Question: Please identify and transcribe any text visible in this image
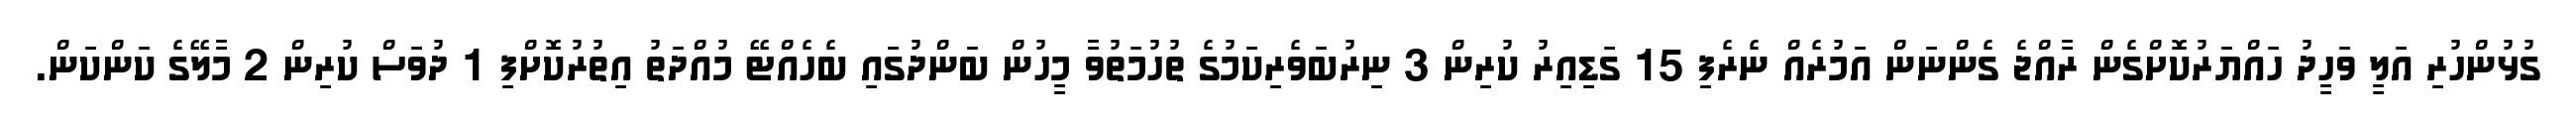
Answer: ގުޅުންހުރި އަލީ ވަހީދު ހައްޔަރުކޮށްގެން ރާއްޖެ ގެންނަން އަމުރެއް ނެރެފި 15 ގަޑިއިރު ކުރިން 3 ނިރުބަވެރިކަމުގެ ތުހުމަތުވާ މީހުން ބަންދުގައި ބެހެއްޓޭ މުއްދަތު އިތުރުކޮށްފި 1 ދުވަސް ކުރިން 2 މާލޭގެ ކަންކަން.